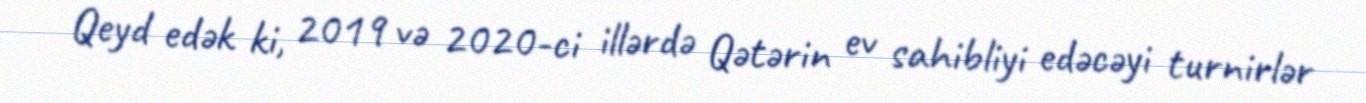
Qeyd edək ki, 2019 və 2020-ci illərdə Qətərin ev sahibliyi edəcəyi turnirlər